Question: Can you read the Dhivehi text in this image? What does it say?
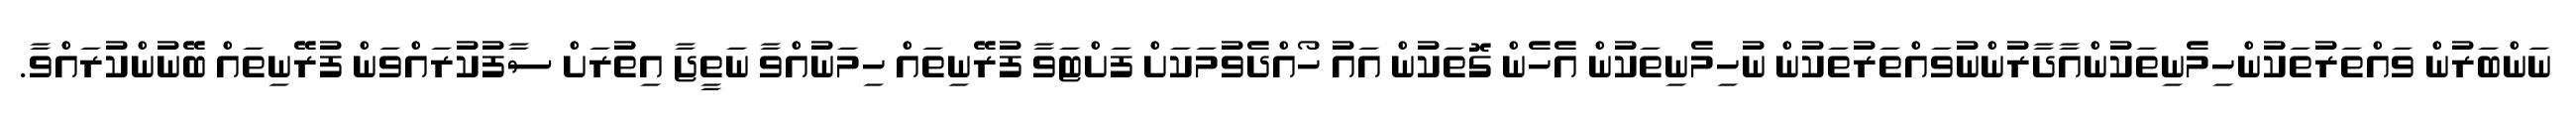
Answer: ނަންބަރުން ވައްތަރުތަކުންހިމެނިތަކުންއާދާރުންނުވައްތަރުތަކުން ނުހިމެނިތަކުން އެހެން ގޮތަކުން އައު ހޯއްދެވުމަކަށް ފަށްޓަވާ ފުރޭނިތައް ހިމަނުއްވާ ނަތީޖާ އިތުރަށް ސާފުކުރައްވަން ފުރޭނިތައް ބޭނުންކުރައްވާ.